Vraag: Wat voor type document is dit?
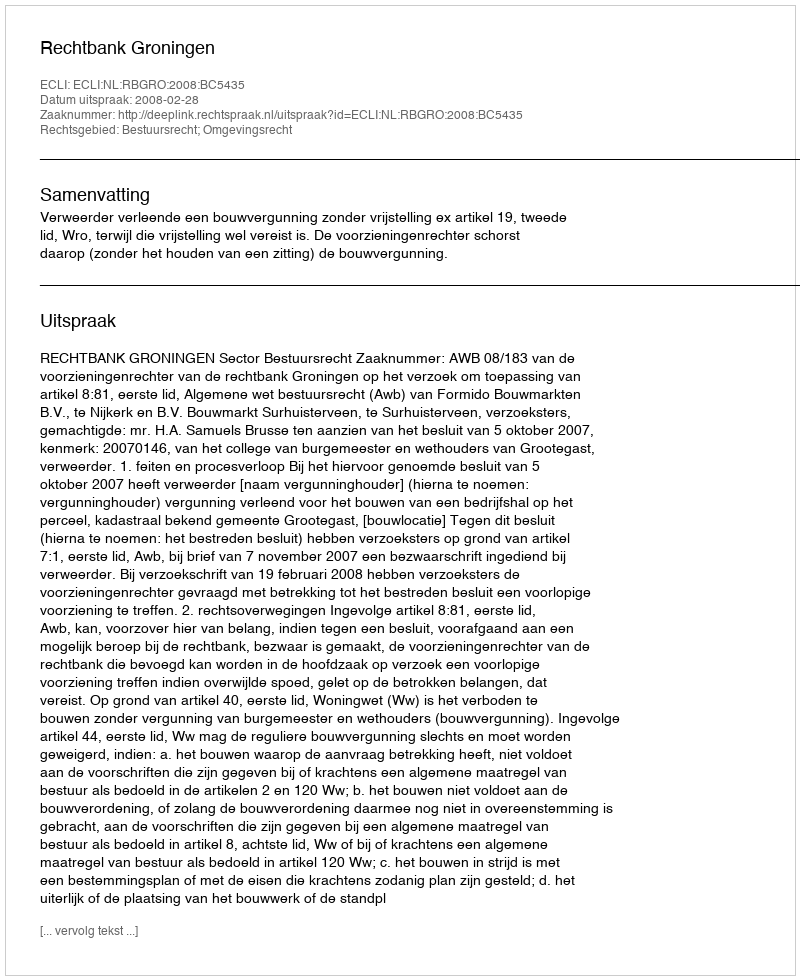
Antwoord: Uitspraak